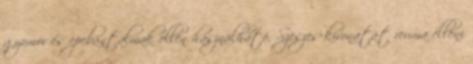
gyomor és epebántalmak ellen használható. Szeszes kivonatát reuma elleni